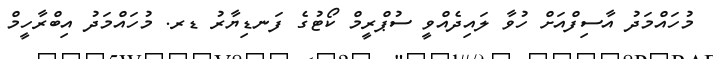
މުހައްމަދު އާސިފްއަށް ހުވާ ލައިދެއްވީ ސުޕްރީމް ކޯޓުގެ ފަނޑިޔާރު ޑރ. މުހައްމަދު އިބްރާހީމް